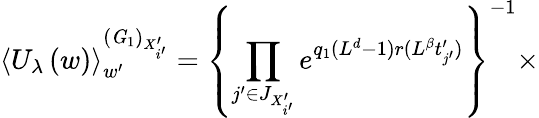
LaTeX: \left\langle U_{\lambda}\left(w\right)\right\rangle_{w^{\prime}}^{\left({\mathit G}_{1}\right)_{X_{i^{\prime}}^{\prime}}}=\left\{ \prod_{j^{\prime}\in J_{X_{i^{\prime}}^{\prime}}}e^{q_{1}(L^{d}-1)r(L^{\beta}t_{j^{\prime}}^{\prime})}\right\} ^{-1}\times